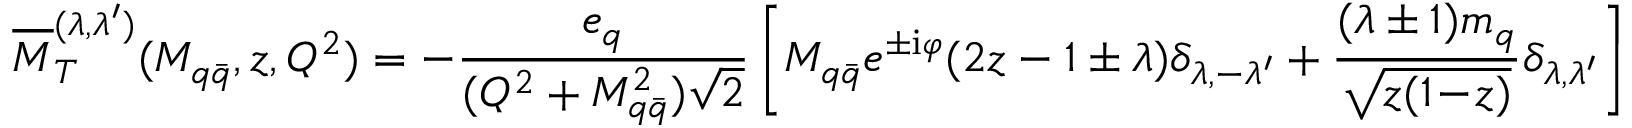
{ \overline { { { \cal M } } } } _ { T } ^ { ( { \lambda } , { \lambda } ^ { \prime } ) } ( { M } _ { q { \bar { q } } } , z , Q ^ { 2 } ) = - \frac { { e } _ { q } } { ( Q ^ { 2 } + M _ { q { \bar { q } } } ^ { 2 } ) \sqrt { 2 } } \left[ M _ { q { \bar { q } } } e ^ { \pm \mathrm { i } \varphi } ( 2 z - 1 \pm { \lambda } ) { \delta } _ { \lambda , - { \lambda } ^ { \prime } } + \frac { ( \lambda \pm 1 ) m _ { q } } { \sqrt { z ( 1 \! - \! z ) } } { \delta } _ { \lambda , \lambda ^ { \prime } } \right] \ ,